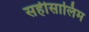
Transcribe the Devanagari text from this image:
सहीसालिम